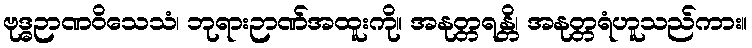
ဗုဒ္ဓဉာဏဝိသေသံ၊ ဘုရားဉာဏ်အထူးကို။ အနုတ္တရန္တိ၊ အနုတ္တရံဟူသည်ကား။